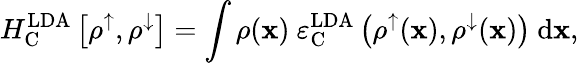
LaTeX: H_{\mathrm{C}}^{\mathrm{LDA}}\left[\rho^{\uparrow},\rho^{\downarrow}\right]=\int{\rho({\mathbf x})\ \varepsilon_{\mathrm{C}}^{\mathrm{LDA}}\left(\rho^{\uparrow}({\mathbf x}),\rho^{\downarrow}({\mathbf x})\right)\ \mathrm{d}{\mathbf x}},